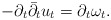
\begin{align*}-\partial_t\bar\partial_t u_t=\partial_t\omega_t.\end{align*}